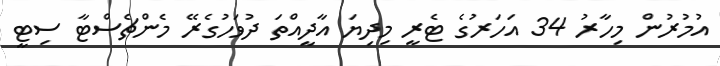
އުމުރުން މިހާރު 34 އަހަރުގެ ޓެރީ މިދިޔަ އާދީއްތަ ދުވަހުގެރޭ މެންޗެސްޓާ ސިޓީ